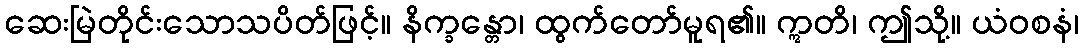
ဆေးမြဲတိုင်းသောသပိတ်ဖြင့်။ နိက္ခန္တော၊ ထွက်တော်မူရ၏။ ဣတိ၊ ဤသို့။ ယံဝစနံ၊